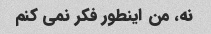
نه، من اینطور فکر نمی کنم